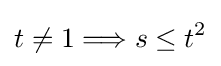
t\neq 1\Longrightarrow s\leq t^{2}